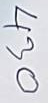
430